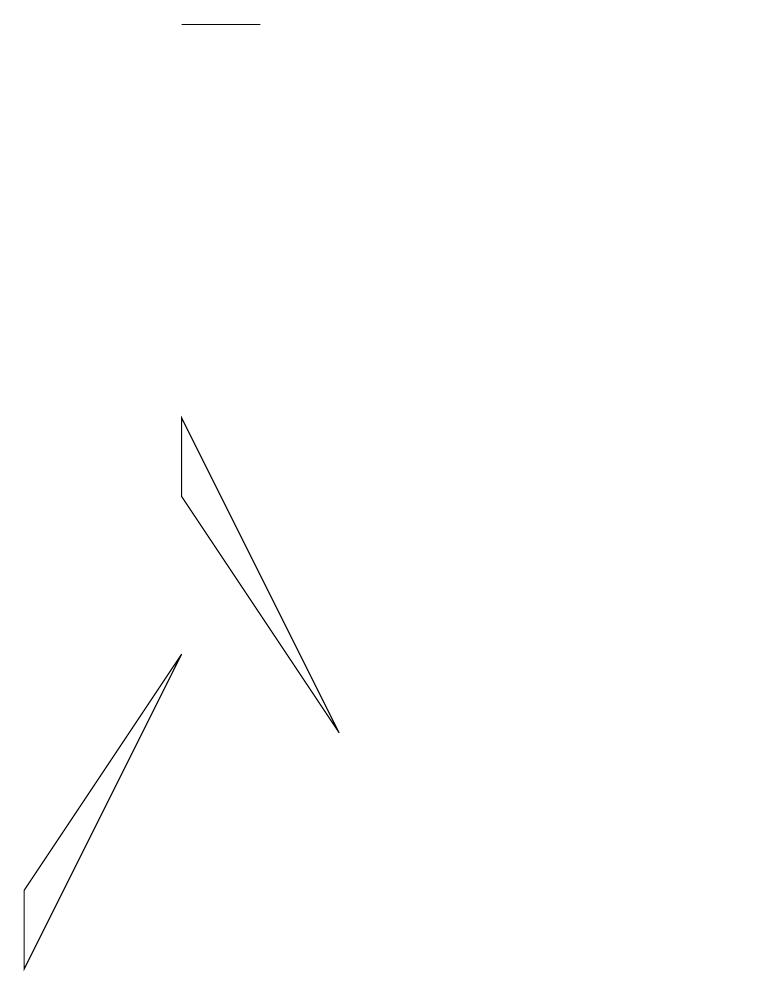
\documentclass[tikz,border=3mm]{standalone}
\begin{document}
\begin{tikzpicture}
\draw (5,4) -- (3,1) -- (3,0) -- cycle;
\draw (5,12) rectangle (6,12);
\draw (12,10) circle (0);
\draw (5,6) -- (5,7) -- (7,3) -- cycle;
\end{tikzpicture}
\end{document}